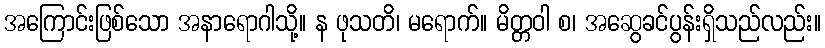
အကြောင်းဖြစ်သော အနာရောဂါသို့။ န ဖုသတိ၊ မရောက်။ မိတ္တဝါ စ၊ အဆွေခင်ပွန်းရှိသည်လည်း။